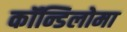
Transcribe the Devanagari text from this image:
कॉन्डिलोमा